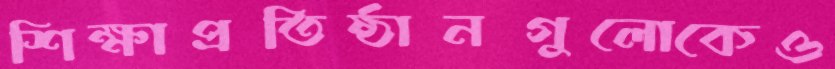
শিক্ষাপ্রতিষ্ঠানগুলোকেও